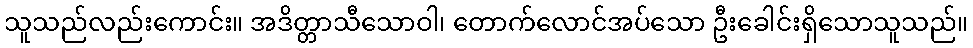
သူသည်လည်းကောင်း။ အဒိတ္တာသီသောဝါ၊ တောက်လောင်အပ်သော ဦးခေါင်းရှိသောသူသည်။